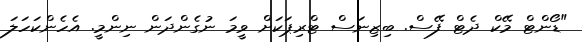
"ޑޯންޓް މޭކް ދެޓް ފޭސް. ބިޒިނަސް ޓްރިޕަކަށް ވީމަ ނުގެންދަން ނިންމީ. އެހެންކަހަލަ